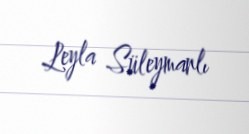
Leyla Süleymanlı